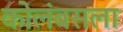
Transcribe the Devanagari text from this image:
कोलंबसला